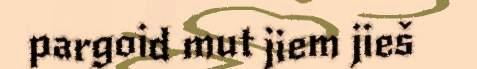
pargoid mut jiem jieš